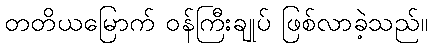
တတိယမြောက် ဝန်ကြီးချုပ် ဖြစ်လာခဲ့သည်။